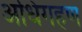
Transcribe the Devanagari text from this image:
अधिगहण